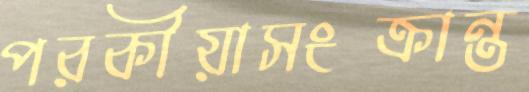
পরকীয়াসংক্রান্ত